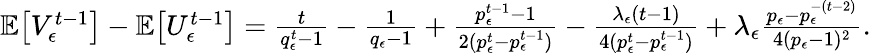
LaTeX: \begin{array}{r}{\mathbb{E}\big[V_{\epsilon}^{t-1}\big]-\mathbb{E}\big[U_{\epsilon}^{t-1}\big]=\frac{t}{q_{\epsilon}^{t}-1}-\frac{1}{q_{\epsilon}-1}+\frac{p_{\epsilon}^{t-1}-1}{2(p_{\epsilon}^{t}-p_{\epsilon}^{t-1})}-\frac{\lambda_{\epsilon}(t-1)}{4(p_{\epsilon}^{t}-p_{\epsilon}^{t-1})}+\lambda_{\epsilon}\frac{p_{\epsilon}-p_{\epsilon}^{-(t-2)}}{4(p_{\epsilon}-1)^{2}}.}\end{array}